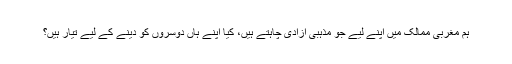
ہم مغربی ممالک میں اپنے لیے جو مذہبی آزادی چاہتے ہیں، کیا اپنے ہاں دوسروں کو دینے کے لیے تیار ہیں؟